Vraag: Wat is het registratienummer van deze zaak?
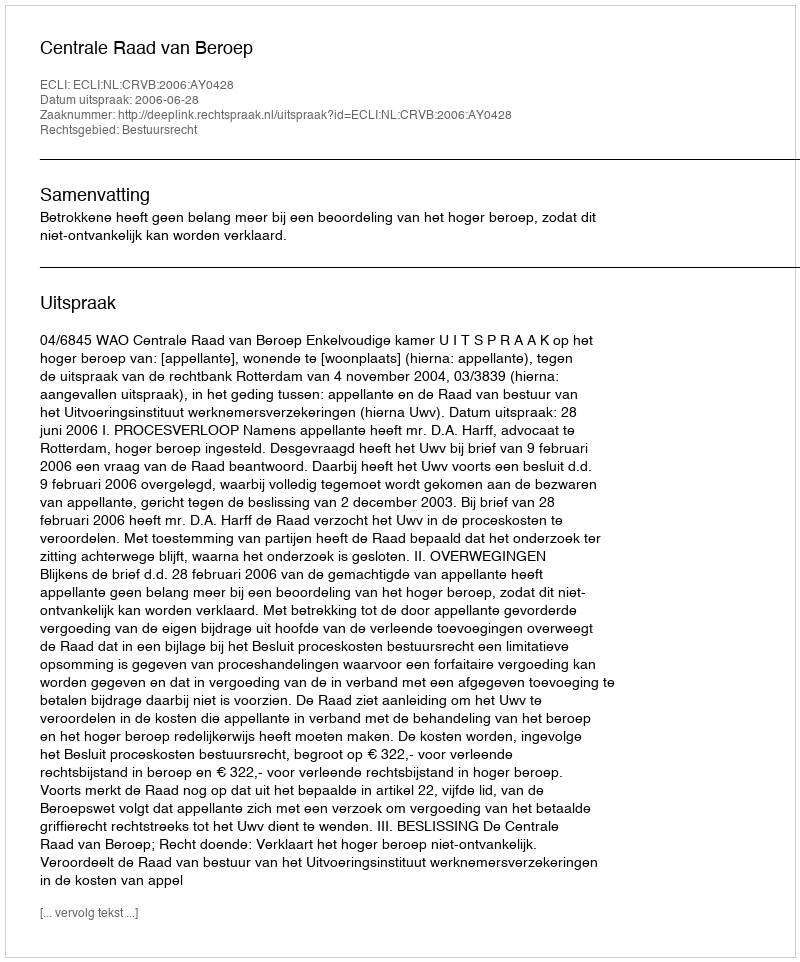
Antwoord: http://deeplink.rechtspraak.nl/uitspraak?id=ECLI:NL:CRVB:2006:AY0428